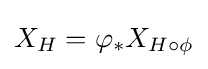
X_{H}=\varphi _{*}X_{H\circ \phi }